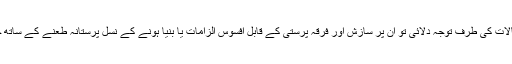
گیان چند جین نے اگر شیخ سرہندی وغیرہ کے معروف اور مروّج خیالات کی طرف توجہ دلائی تو ان پر سازش اور فرقہ پرستی کے قابلِ افسوس الزامات یا بنیا ہونے کے نسل پرستانہ طعنے کے ساتھ چڑھ دوڑناالبتہ آسان کام ہے جس میں کسی چوٹ چپیٹ کا اندیشہ نہیں۔